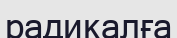
радикалға